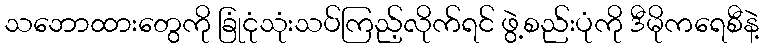
သဘောထားတွေကို ခြုံငုံသုံးသပ်ကြည့်လိုက်ရင် ဖွဲ့စည်းပုံကို ဒီမိုကရေစီနဲ့